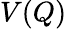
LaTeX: V(Q)